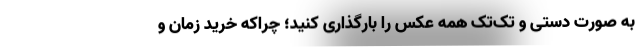
به صورت دستی و تک‌تک همه عکس را بارگذاری کنید؛ چراکه خرید زمان و